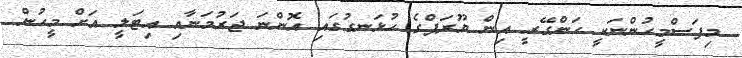
މިފަސްމީހުންނަކީ ހަންގޭރީ އިން ޔޫރަޕްގެ ހުޅަނގުގައި އޮންނަ ޖަރުމަނާއި އިޓަލީ އަށް މީހުން